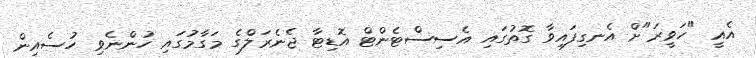
އެއީ "ހަވީރަ"ށް އެނގިފައިވާ ގޮތުގައި އެސިސްޓެންޓް އޮޑިޓާ ޖެނެރަލްގެ މަގާމުގައި ހުންނެވި ހުސެއިން